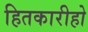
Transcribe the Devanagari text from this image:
हितकारीहो